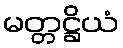
မတ္တဋ္ဌိယံ